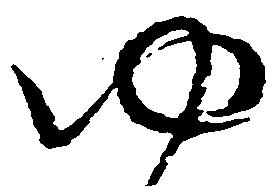
ゆ